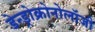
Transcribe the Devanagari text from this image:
डेन्ड्रोक्रोनोलॉजी